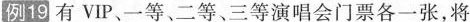
例19 有 VIP、一等、二等、三等演唱会门票各一张，将